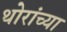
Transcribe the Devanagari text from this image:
थोरांच्या